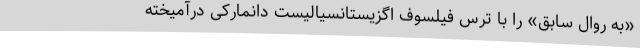
«به روال سابق» را با ترسِ فیلسوف اگزیستانسیالیست دانمارکی درآمیخته